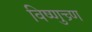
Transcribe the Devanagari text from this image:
विष्णुच्र्ण